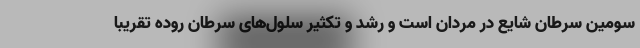
سومین سرطان شایع در مردان است و رشد و تکثیر سلول‌های سرطان روده تقریبا